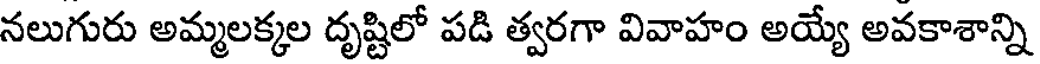
నలుగురు అమ్మలక్కల దృష్టిలో పడి త్వరగా వివాహం అయ్యే అవకాశాన్ని